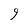
Character: 9